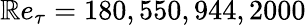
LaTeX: \mathbb{R}e_{\tau}=180,550,944,2000